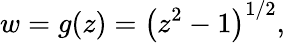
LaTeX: w=g(z)=\left(z^{2}-1\right)^{1/2},